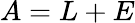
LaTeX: A=L+E